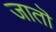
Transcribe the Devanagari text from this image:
जातॊ